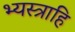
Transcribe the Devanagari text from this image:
भ्यस्त्राहि